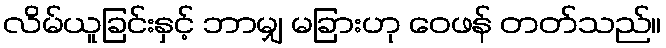
လိမ်ယူခြင်းနှင့် ဘာမျှ မခြားဟု ဝေဖန် တတ်သည်။